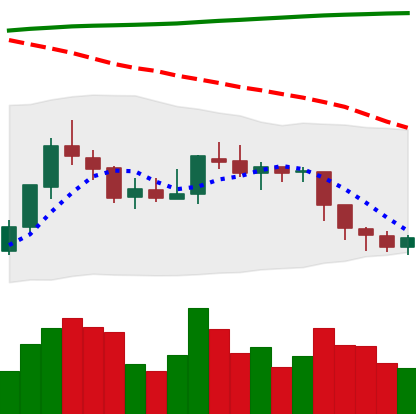
Ticker: EOS-USD
Chart end date: 2018-08-03
Forward return: -22.327%
Label: down_7plus